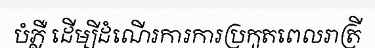
បំភ្លឺ ដើម្បីដំណើរការការប្រកួតពេលរាត្រី